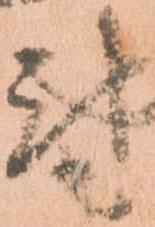
尉